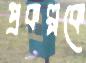
প্রকল্পকে